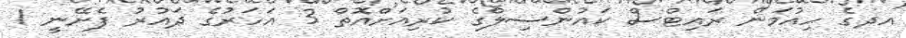
އދގެ ހިއުމަން ރައިޓްސް ކައުންސިލްގެ ކުރިއަށްއޮތް 3 އަހަރުގެ ދައުރު ފެށޭނީ 1